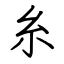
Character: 糸